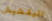
البقشيش